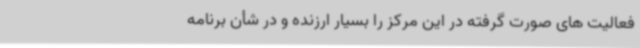
فعالیت های صورت گرفته در این مرکز را بسیار ارزنده و در شأن برنامه